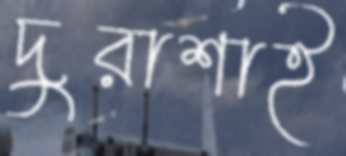
দুরাশাই